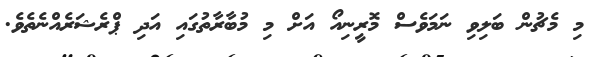
މި މެޗުން ބަލިވި ނަމަވެސް މޮރީނިއޯ އަށް މި މުބާރާތުގައި އަދި ޕްރެޝަރެއްނެތެވެ.